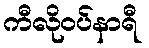
ကီလိုဝပ်နာရီ